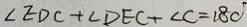
\angle E D C + \angle D E C + \angle C = 1 8 0 ^ { \circ }